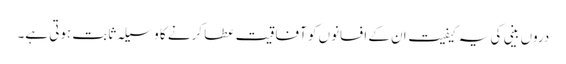
دروں بینی کی یہ کیفیت ان کے افسانوں کو آفاقیت عطا کرنے کا وسیلہ ثابت ہوتی ہے۔